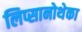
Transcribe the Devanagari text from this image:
लिप्सानोथेका